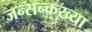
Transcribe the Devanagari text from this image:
जन्सन्कख्या